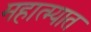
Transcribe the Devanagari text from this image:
महात्म्यात